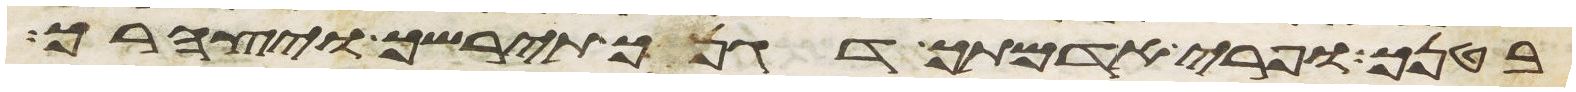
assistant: בטנך ופרי אדמתך דגנך תירשך ויצהרך